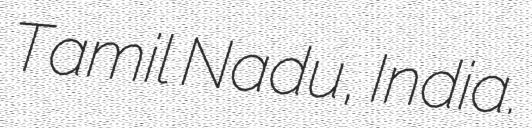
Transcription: Tamil Nadu, India.